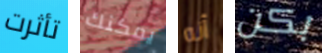
تأثرت يمكنك أنه بكن